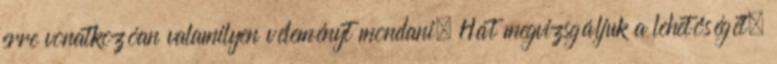
erre vonatkozóan valamilyen véleményt mondani. Hát megvizsgáljuk a lehetőségét.